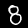
Label: 8